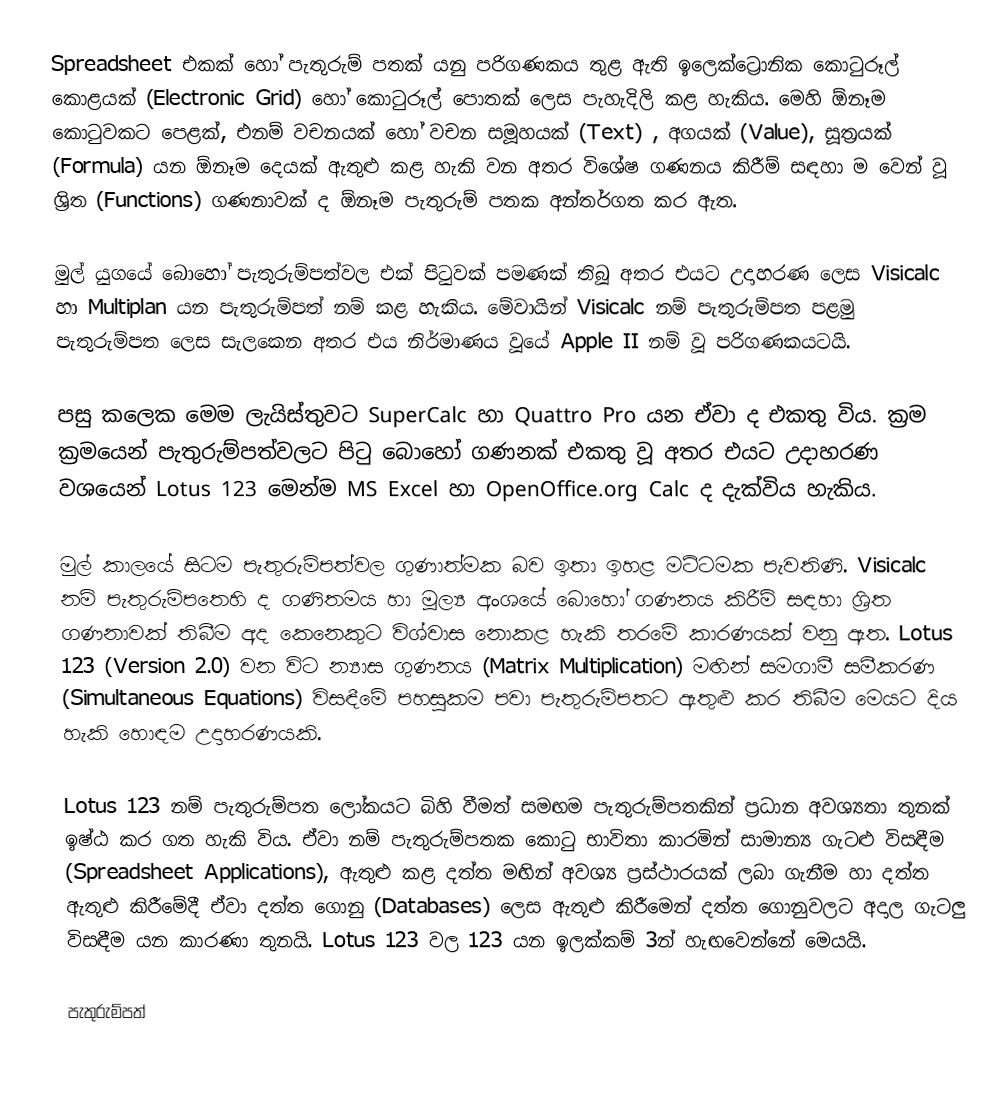
Spreadsheet එකක් හෝ පැතුරුම් පතක් යනු පරිගණකය තුළ ඇති ඉලෙක්ට්‍රොනික කොටුරූල් කොළයක් (Electronic Grid) හෝ කොටුරූල් පොතක් ලෙස පැහැදිලි කළ හැකිය. මෙහි ඕනෑම කොටුවකට පෙළක්, එනම් වචනයක් හෝ වචන සමූහයක් (Text) , අගයක් (Value), සූත්‍රයක් (Formula) යන ඕනෑම දෙයක් ඇතුළු  කළ හැකි වන අතර විශේෂ ගණනය කිරීම් සඳහා ම වෙන් වූ  ශ්‍රිත (Functions) ගණනාවක් ද ඕනෑම පැතුරුම් පතක අන්තර්ගත කර ඇත.

මුල් යුගයේ බොහෝ පැතුරුම්පත්වල එක් පිටුවක් පමණක් තිබූ අතර එයට උදාහරණ ලෙස Visicalc හා Multiplan  යන පැතුරුම්පත් නම් කළ හැකිය. මේවායින් Visicalc නම් පැතුරුම්පත පළමු පැතුරුම්පත ලෙස සැලකෙන අතර එය නිර්මාණය වූයේ Apple II නම් වූ පරිගණකයටයි.

පසු කලෙක මෙම ලැයිස්තුවට SuperCalc හා Quattro Pro යන ඒවා ද එකතු විය. ක්‍රම ක්‍රමයෙන් පැතුරුම්පත්වලට පිටු බොහෝ ගණනක් එකතු වූ අතර එයට උදාහරණ වශයෙන් Lotus 123  මෙන්ම MS Excel හා OpenOffice.org Calc ද දැක්විය හැකිය.

මුල් කාලයේ සිටම පැතුරුම්පත්වල ගුණාත්මක බව ඉතා ඉහළ මට්ටමක පැවතිණි. Visicalc නම් පැතුරුම්පතෙහි ද ගණිතමය හා මූල්‍ය අංශයේ බොහෝ ගණනය කිරීම් සඳහා ශ්‍රිත ගණනාවක් තිබීම අද කෙනෙකුට විශ්වාස නොකළ හැකි තරමේ කාරණයක් වනු ඇත. Lotus 123 (Version 2.0) වන විට න්‍යාස ගුණනය (Matrix Multiplication) මඟින් සමගාමී සමීකරණ (Simultaneous Equations) විසඳීමේ පහසුකම පවා පැතුරුම්පතට ඇතුළු කර තිබීම මෙයට දිය හැකි හොඳම උදාහරණයකි.

Lotus 123 නම් පැතුරුම්පත ලෝකයට බිහි වීමත් සමඟම පැතුරුම්පතකින් ප්‍රධාන අවශ්‍යතා තුනක් ඉෂ්ඨ කර ගත හැකි විය. ඒවා නම් පැතුරුම්පතක කොටු භාවිතා කාරමින් සාමාන්‍ය ගැටළු විසඳීම (Spreadsheet Applications), ඇතුළු කළ දත්ත මඟින් අවශ්‍ය ප්‍රස්ථාරයක් ලබා ගැනීම හා දත්ත ඇතුළු කිරීමේදී ඒවා දත්ත ගොනු (Databases) ලෙස ඇතුළු කිරීමෙන් දත්ත ගොනුවලට අදාල ගැටලු විසඳීම යන කාරණා තුනයි. Lotus 123 වල 123 යන ඉලක්කම් 3න් හැඟවෙන්නේ මෙයයි.

පැතුරුම්පත්